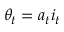
\theta _ { t } = a _ { t } i _ { t }